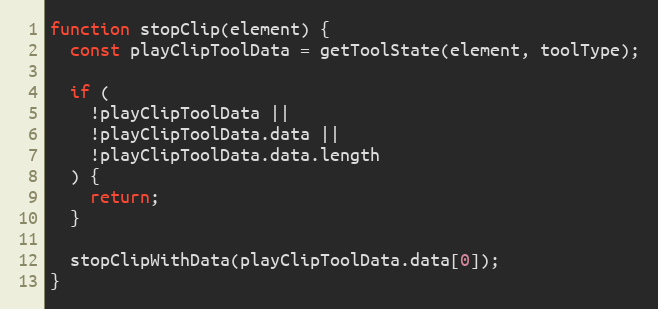
Language: JavaScript
function stopClip(element) {
  const playClipToolData = getToolState(element, toolType);

  if (
    !playClipToolData ||
    !playClipToolData.data ||
    !playClipToolData.data.length
  ) {
    return;
  }

  stopClipWithData(playClipToolData.data[0]);
}